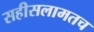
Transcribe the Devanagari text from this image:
सहीसलामतच